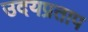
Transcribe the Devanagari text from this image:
उदयप्रताप